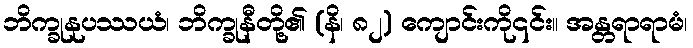
ဘိက္ခုနုပဿယံ၊ ဘိက္ခုနီတို့၏ (နိ၊ ၈၂) ကျောင်းကို၎င်း။ အန္တရာရာမံ၊